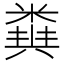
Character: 𥻪